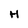
Character: H